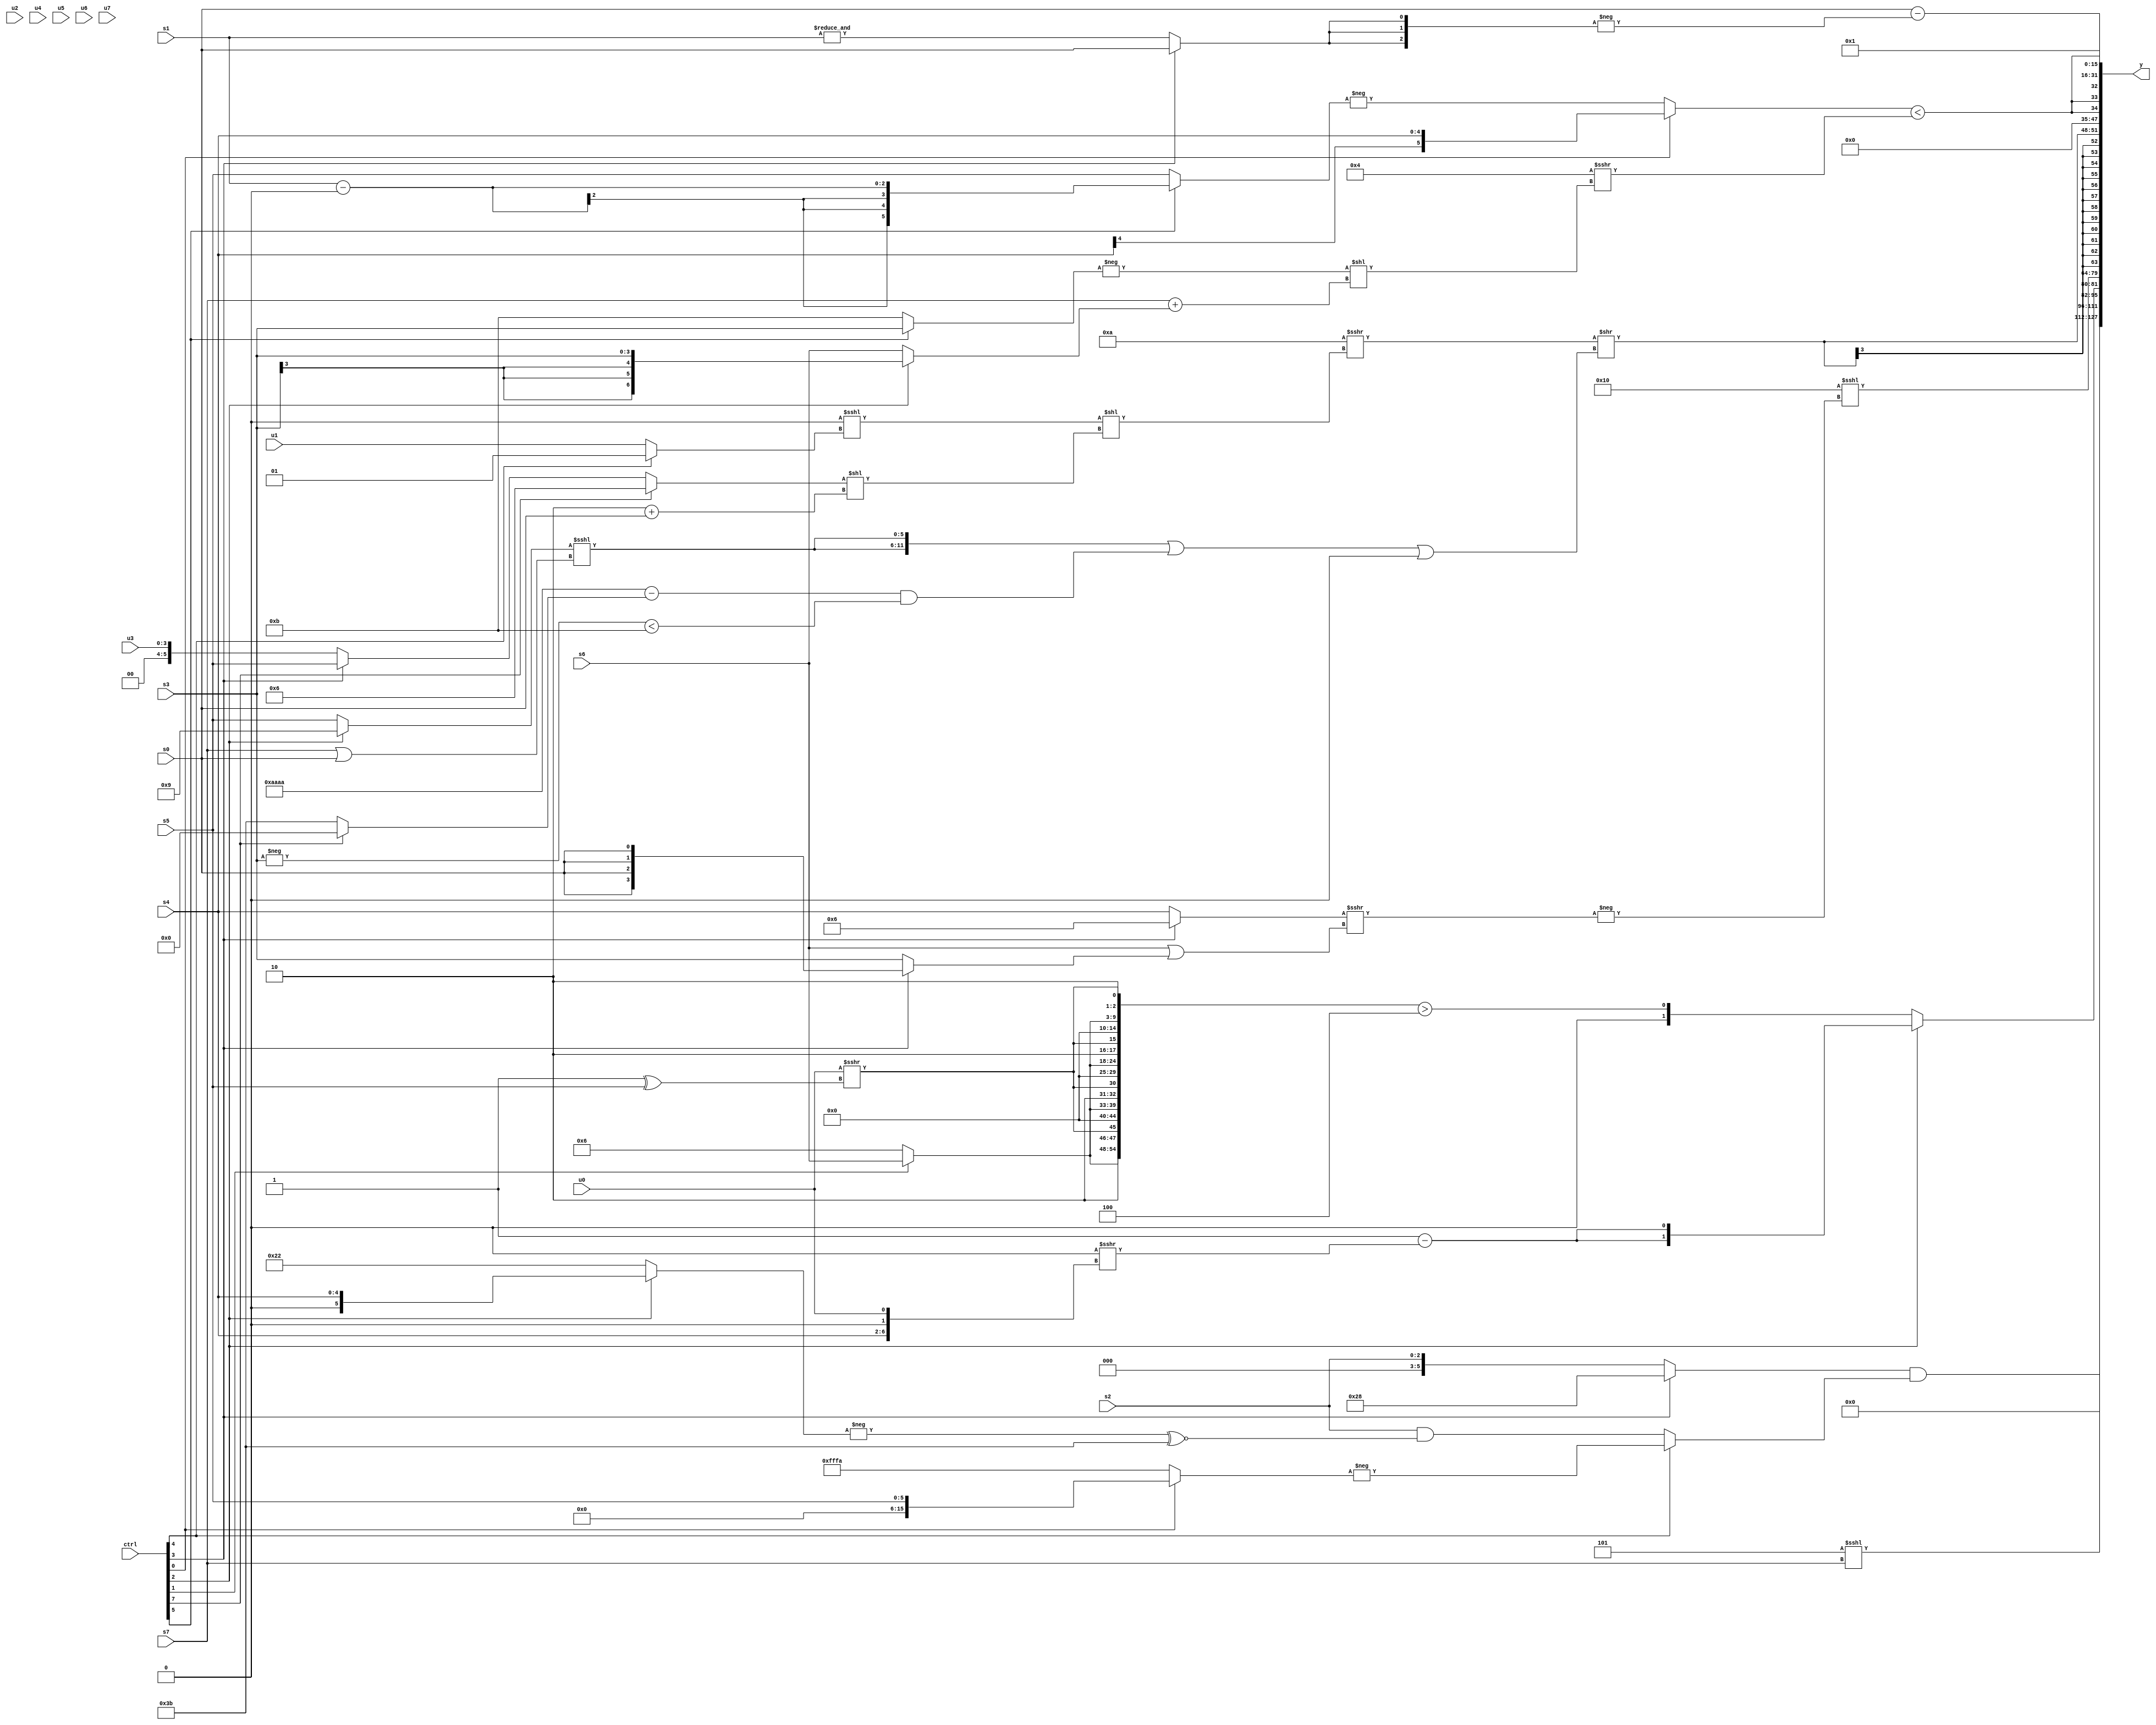
module wideexpr_00340(ctrl, u0, u1, u2, u3, u4, u5, u6, u7, s0, s1, s2, s3, s4, s5, s6, s7, y);
  input [7:0] ctrl;
  input [0:0] u0;
  input [1:0] u1;
  input [2:0] u2;
  input [3:0] u3;
  input [4:0] u4;
  input [5:0] u5;
  input [6:0] u6;
  input [7:0] u7;
  input signed [0:0] s0;
  input signed [1:0] s1;
  input signed [2:0] s2;
  input signed [3:0] s3;
  input signed [4:0] s4;
  input signed [5:0] s5;
  input signed [6:0] s6;
  input signed [7:0] s7;
  output [127:0] y;
  wire [15:0] y0;
  wire [15:0] y1;
  wire [15:0] y2;
  wire [15:0] y3;
  wire [15:0] y4;
  wire [15:0] y5;
  wire [15:0] y6;
  wire [15:0] y7;
  assign y = {y0,y1,y2,y3,y4,y5,y6,y7};
  assign y0 = ($signed(4'sb1101))<<<(s7);
  assign y1 = ((ctrl[3]?6'sb101000:$signed(s2)))&((ctrl[4]?-((ctrl[0]?$signed(s5):-($signed(+(4'b0110))))):(+(s2))&((-($unsigned((ctrl[2]?$unsigned(s4):6'sb100010))))^~(6'sb111011))));
  assign y2 = (ctrl[2]?{2{(~^(((6'sb001010)-(2'sb01))<<(4'sb1111)))-((({s0,2'sb11,6'sb000111})==(4'b0101))>>>($signed({s4,1'sb0,u0})))}}:({4{{$signed((s4)>>(6'sb111011)),$signed((ctrl[1]?s6:5'sb00110)),2'b10,(u0)>>>((5'sb11111)^(s5))}}})>(3'b100));
  assign y3 = (5'sb10000)<<<(-(((ctrl[3]?(1'sb0)^(5'sb00110):+(s4)))>>>((s6)|((ctrl[3]?s0:s3)))));
  assign y4 = $signed({1{((4'sb1010)>>>(((3'b000)<<<((ctrl[4]?5'sb00001:u1)))<<(((ctrl[7]?{3'b110}:(ctrl[3]?s5:u3)))<<((2'sb10)+(s0)))))>>((({2{((ctrl[2]?6'sb001001:s5))<<<((s7)|(s0))}})|((({4{4'sb1010}})-((ctrl[7]?5'sb00000:6'b111011)))&((-(s3))<(-(3'b101)))))|($unsigned(3'sb000)))}});
  assign y5 = {3{({(ctrl[0]?$signed(s4):-((ctrl[5]?(s1)-(4'sb0000):s5)))})<($signed((4'sb0100)>>>((-($signed((ctrl[5]?s3:4'sb1011))))<<((s7)+((ctrl[2]?s3:s6))))))}};
  assign y6 = (s0)-(-({3{(ctrl[3]?s0:&(s1))}}));
  assign y7 = 4'sb0001;
endmodule